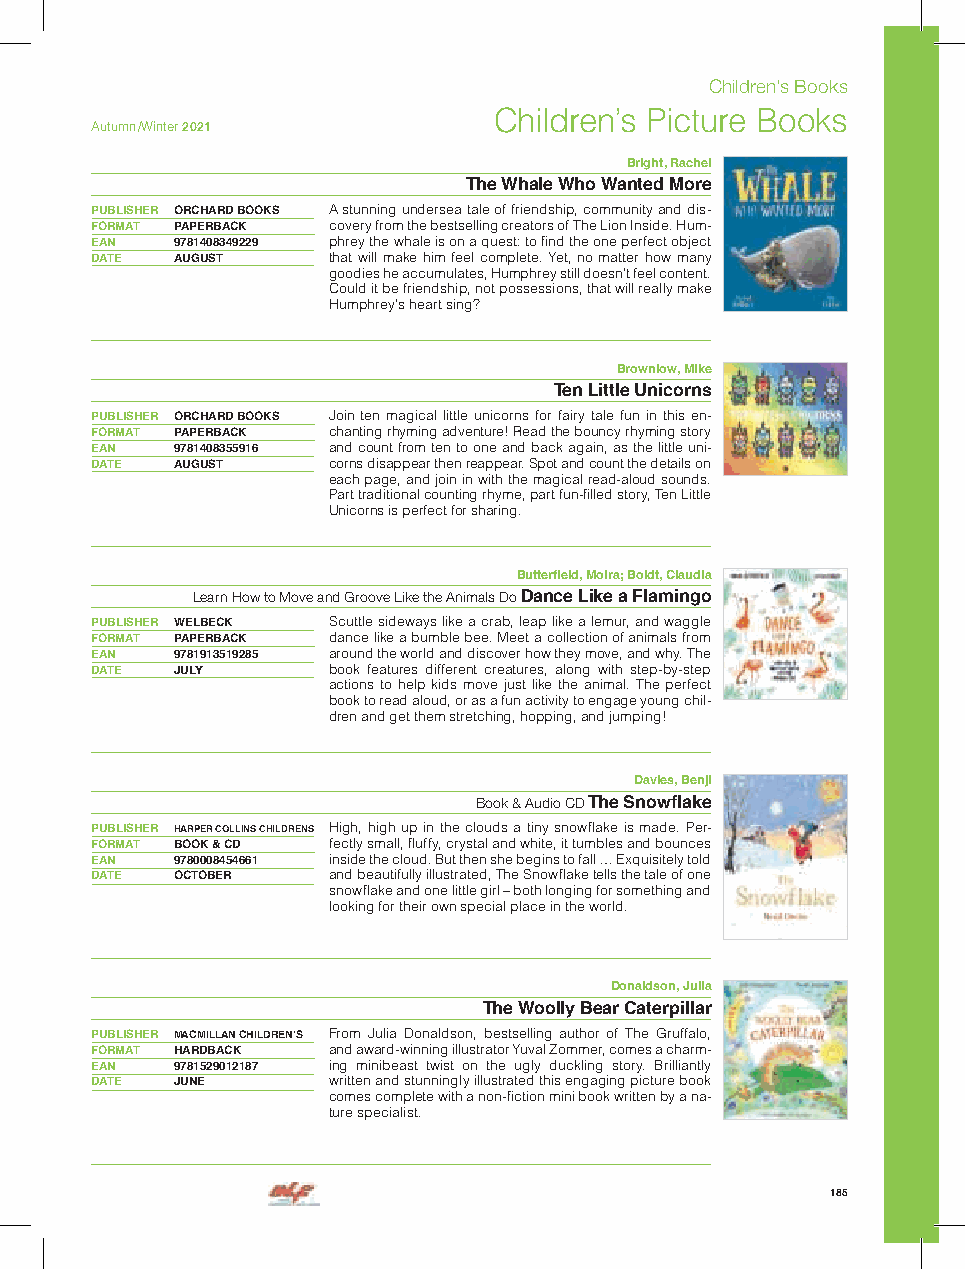
Children’s Books
 Children’s Picture Books
 Autumn /Winter 2021
 Bright, Rachel
 The Whale Who Wanted More
 PUBLISHER ORCHARD BOOKS A stunning undersea tale of friendship, community and dis-
 FORMAT PAPERBACK covery from the bestselling creators of The Lion Inside. Hum-
 EAN  9781408349229 phrey the whale is on a quest: to find the one perfect object
 DATE AUGUST     that will make him feel complete. Yet, no matter how many
 goodies he accumulates, Humphrey still doesn’t feel content.
 Could it be friendship, not possessions, that will really make
 Humphrey’s heart sing?
 Brownlow, Mike
 Ten Little Unicorns
 PUBLISHER ORCHARD BOOKS Join ten magical little unicorns for fairy tale fun in this en-
 FORMAT PAPERBACK chanting rhyming adventure! Read the bouncy rhyming story
 EAN  9781408355916 and count from ten to one and back again, as the little uni-
 DATE AUGUST     corns disappear then reappear. Spot and count the details on
 each page, and join in with the magical read-aloud sounds.
 Part traditional counting rhyme, part fun-filled story, Ten Little
 Unicorns is perfect for sharing.
 Butterfield, Moira; Boldt, Claudia
 Learn How to Move and Groove Like the Animals Do Dance Like a Flamingo
 PUBLISHER WELBECK Scuttle sideways like a crab, leap like a lemur, and waggle
 FORMAT PAPERBACK dance like a bumble bee. Meet a collection of animals from
 EAN  9781913519285 around the world and discover how they move, and why. The
 DATE JULY       book features different creatures, along with step-by-step
 actions to help kids move just like the animal. The perfect
 book to read aloud, or as a fun activity to engage young chil-
 dren and get them stretching, hopping, and jumping!
 Davies, Benji
 Book & Audio CD The Snowflake
 PUBLISHER HARPER COLLINS CHILDRENS High, high up in the clouds a tiny snowflake is made. Per-
 FORMAT BOOK & CD fectly small, fluffy, crystal and white, it tumbles and bounces
 EAN  9780008454661 inside the cloud. But then she begins to fall … Exquisitely told
 DATE OCTOBER    and beautifully illustrated, The Snowflake tells the tale of one
 snowflake and one little girl – both longing for something and
 looking for their own special place in the world.
 Donaldson, Julia
 The Woolly Bear Caterpillar
 PUBLISHER MACMILLAN CHILDREN’S From Julia Donaldson, bestselling author of The Gruffalo,
 FORMAT HARDBACK and award-winning illustrator Yuval Zommer, comes a charm-
 EAN  9781529012187 ing minibeast twist on the ugly duckling story. Brilliantly
 DATE JUNE       written and stunningly illustrated this engaging picture book
 comes complete with a non-fiction mini book written by a na-
 ture specialist.
 185